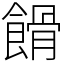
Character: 餶